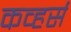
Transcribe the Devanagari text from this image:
कव्हर्स